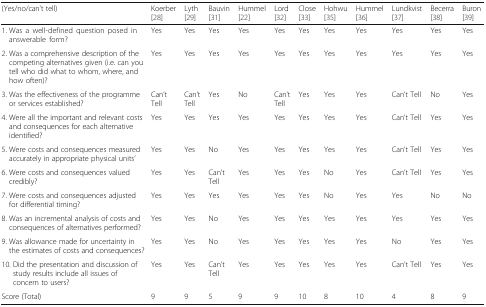
<table><thead><tr><td><b>(Yes/no/can’t tell)</b></td><td><b>Koerber [28]</b></td><td><b>Lyth [29]</b></td><td><b>Bauvin [31]</b></td><td><b>Hummel [22]</b></td><td><b>Lord [32]</b></td><td><b>Close [33]</b></td><td><b>Hohwu [35]</b></td><td><b>Hummel [36]</b></td><td><b>Lundkvist [37]</b></td><td><b>Becerra [38]</b></td><td><b>Buron [39]</b></td></tr></thead><tbody><tr><td>1. Was a well-defined question posed in answerable form?</td><td>Yes</td><td>Yes</td><td>Yes</td><td>Yes</td><td>Yes</td><td>Yes</td><td>Yes</td><td>Yes</td><td>Yes</td><td>Yes</td><td>Yes</td></tr><tr><td>2. Was a comprehensive description of the competing alternatives given (i.e. can you tell who did what to whom, where, and how often)?</td><td>Yes</td><td>Yes</td><td>Yes</td><td>Yes</td><td>Yes</td><td>Yes</td><td>Yes</td><td>Yes</td><td>Yes</td><td>Yes</td><td>Yes</td></tr><tr><td>3. Was the effectiveness of the programme or services established?</td><td>Can’t Tell</td><td>Can’t Tell</td><td>Yes</td><td>No</td><td>Can’t Tell</td><td>Yes</td><td>Yes</td><td>Yes</td><td>Can’t Tell</td><td>No</td><td>Yes</td></tr><tr><td>4. Were all the important and relevant costs and consequences for each alternative identified?</td><td>Yes</td><td>Yes</td><td>Yes</td><td>Yes</td><td>Yes</td><td>Yes</td><td>Yes</td><td>Yes</td><td>Can’t Tell</td><td>Yes</td><td>Yes</td></tr><tr><td>5. Were costs and consequences measured accurately in appropriate physical units’</td><td>Yes</td><td>Yes</td><td>No</td><td>Yes</td><td>Yes</td><td>Yes</td><td>Yes</td><td>Yes</td><td>Can’t Tell</td><td>Yes</td><td>Yes</td></tr><tr><td>6. Were costs and consequences valued credibly?</td><td>Yes</td><td>Yes</td><td>Can’t Tell</td><td>Yes</td><td>Yes</td><td>Yes</td><td>No</td><td>Yes</td><td>Can’t Tell</td><td>Yes</td><td>Yes</td></tr><tr><td>7. Were costs and consequences adjusted for differential timing?</td><td>Yes</td><td>Yes</td><td>Yes</td><td>Yes</td><td>Yes</td><td>Yes</td><td>No</td><td>Yes</td><td>Yes</td><td>No</td><td>No</td></tr><tr><td>8. Was an incremental analysis of costs and consequences of alternatives performed?</td><td>Yes</td><td>Yes</td><td>No</td><td>Yes</td><td>Yes</td><td>Yes</td><td>Yes</td><td>Yes</td><td>Yes</td><td>Yes</td><td>Yes</td></tr><tr><td>9. Was allowance made for uncertainty in the estimates of costs and consequences?</td><td>Yes</td><td>Yes</td><td>No</td><td>Yes</td><td>Yes</td><td>Yes</td><td>Yes</td><td>Yes</td><td>No</td><td>Yes</td><td>Yes</td></tr><tr><td>10. Did the presentation and discussion of study results include all issues of concern to users?</td><td>Yes</td><td>Yes</td><td>Can’t Tell</td><td>Yes</td><td>Yes</td><td>Yes</td><td>Yes</td><td>Yes</td><td>Can’t Tell</td><td>Yes</td><td>Yes</td></tr><tr><td>Score (Total)</td><td>9</td><td>9</td><td>5</td><td>9</td><td>9</td><td>10</td><td>8</td><td>10</td><td>4</td><td>8</td><td>9</td></tr></tbody></table>